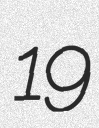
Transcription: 19